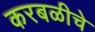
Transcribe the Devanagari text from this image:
करबळीचे